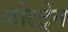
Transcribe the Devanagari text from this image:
कोल्ट्रेन